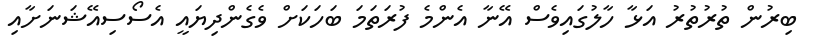
ބިރުން ތުރުތުރު އަޅާ ހާލުގައިވެސް އޭނާ އެންމެ ފުރަތަމަ ބަހަކަށް ވެގެންދިޔައީ އެސޯސިއޭޝަނަށާއި